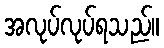
အလုပ်လုပ်ရသည်။